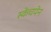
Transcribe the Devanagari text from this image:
स्केचपेन